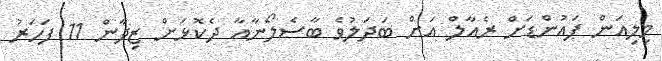
މިލިއަން ޕައުންޑަށް ރެއާލް އަށް ބަދަލުވެ ބާސެލޯނާއާ ދެކޮޅަށް ޒިދާން 11 ފަހަރު